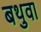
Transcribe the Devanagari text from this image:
बथुवा